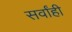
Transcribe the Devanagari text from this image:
सर्वांही